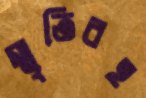
স্মৃতিবহ